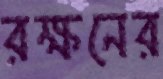
রক্ষনের